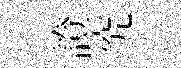
證究